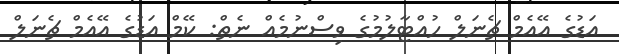
އަޑުގެ އޭއެމް ޗެނަލް ހުއްޓާލުމުގެ ވިސްނުމެއް ނެތް: ކޭމް އަޑުގެ އޭއެމް ޗެނަލް